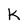
Character: K